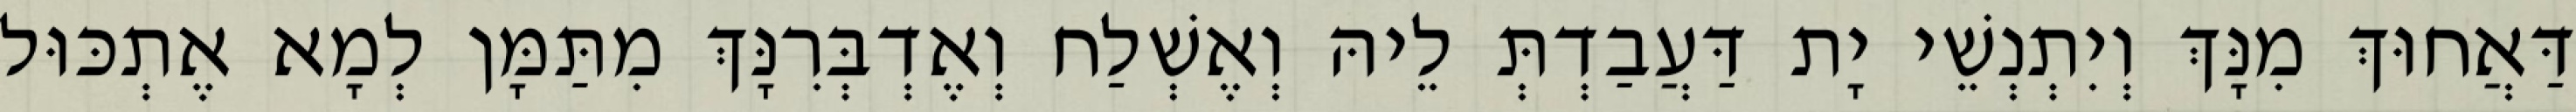
דַּאֲחוּךְ מִנָּךְ וְיִתְנְשֵׁי יָת דַּעֲבַדְתְּ לֵיהּ וְאֶשְׁלַח וְאֶדְבְּרִנָּךְ מִתַּמָּן לְמָא אֶתְכּוּל